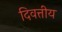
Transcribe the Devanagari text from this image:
दिवत्तीय